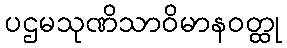
ပဌမသုဏိသာဝိမာနဝတ္ထု